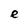
Character: e